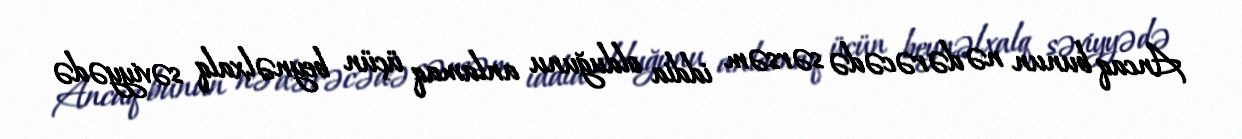
Ancaq bunun nə dərəcədə sərsəm iddia olduğunu anlamaq üçün beynəlxalq səviyyədə